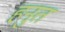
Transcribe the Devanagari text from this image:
हनुत